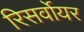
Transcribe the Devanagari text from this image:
रिसर्वोयर